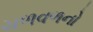
ચળવળનો